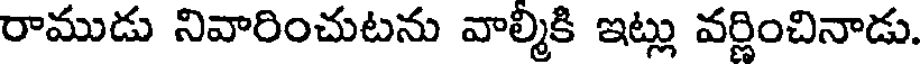
రాముడు నివారించుటను వాల్మీకి ఇట్లు వర్ణించినాడు.